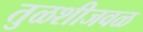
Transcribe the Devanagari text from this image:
तुळशीजवळ